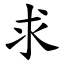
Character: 求